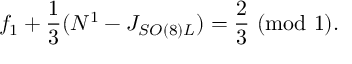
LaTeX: f _ { 1 } + { \frac { 1 } { 3 } } ( N ^ { 1 } - J _ { S O ( 8 ) L } ) = { \frac { 2 } { 3 } } ~ ( \mathrm { m o d ~ 1 } ) .